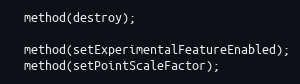
Language: C++
  method(destroy);

  method(setExperimentalFeatureEnabled);
  method(setPointScaleFactor);